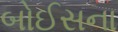
બોઈસના